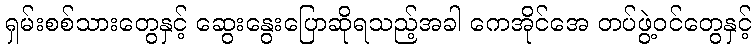
ရှမ်းစစ်သားတွေနှင့် ဆွေးနွေးပြောဆိုရသည့်အခါ ကေအိုင်အေ တပ်ဖွဲ့ဝင်တွေနှင့်